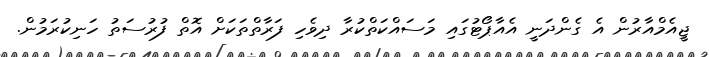
ޖީއެމްއާރުން އެ ގެންދަނީ އެއާޕޯޓުގައި މަސައްކަތްކުރާ ދިވެހި ފަރާތްތަކަށް އޮތް ފުރުސަތު ހަނިކުރަމުން.